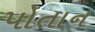
પોતાન